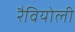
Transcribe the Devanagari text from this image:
रैवियोली